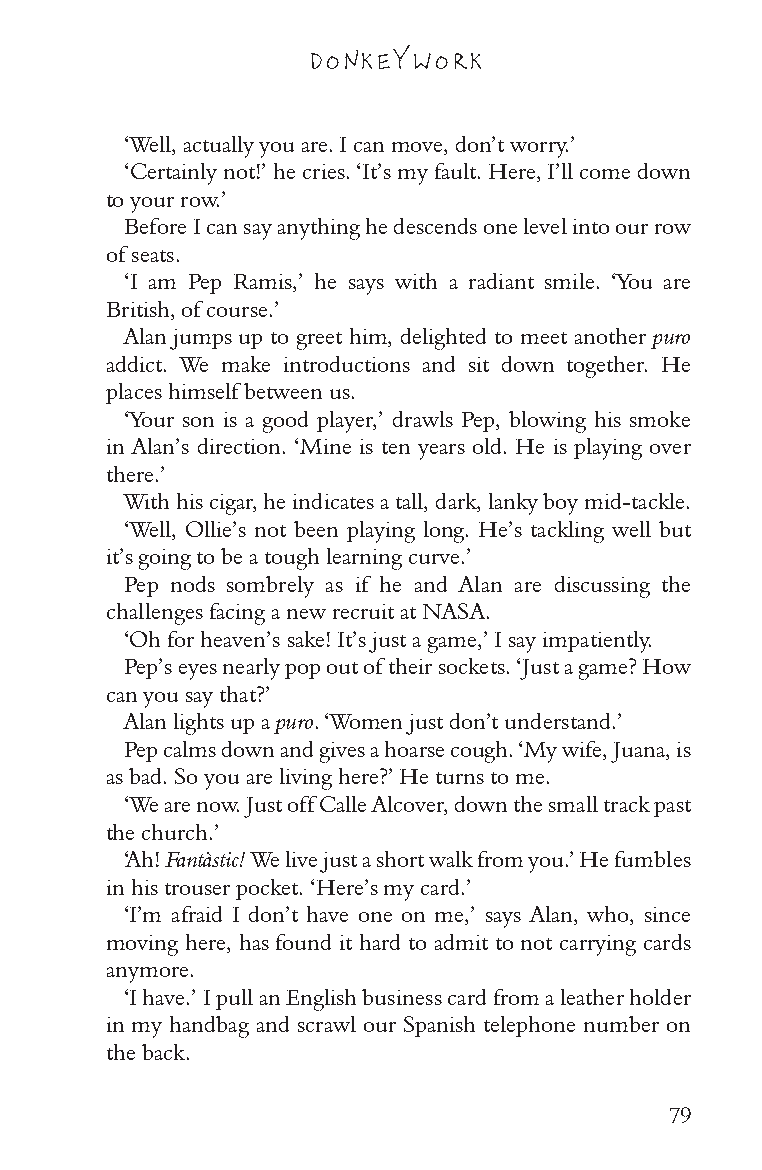
DONKEY WORK
 ‘Well, actually you are. I can move, don’t worry.’
 ‘Certainly not!’ he cries. ‘It’s my fault. Here, I’ll come down
 to your row.’
 Before I can say anything he descends one level into our row
 of seats.
 ‘I am Pep Ramis,’ he says with a radiant smile. ‘You are
 British, of course.’
 Alan jumps up to greet him, delighted to meet another puro
 addict. We make introductions and sit down together. He
 places himself between us.
 ‘Your son is a good player,’ drawls Pep, blowing his smoke
 in Alan’s direction. ‘Mine is ten years old. He is playing over
 there.’
 With his cigar, he indicates a tall, dark, lanky boy mid-tackle.
 ‘Well, Ollie’s not been playing long. He’s tackling well but
 it’s going to be a tough learning curve.’
 Pep nods sombrely as if he and Alan are discussing the
 challenges facing a new recruit at NASA.
 ‘Oh for heaven’s sake! It’s just a game,’ I say impatiently.
 Pep’s eyes nearly pop out of their sockets. ‘Just a game? How
 can you say that?’
 Alan lights up a puro. ‘Women just don’t understand.’
 Pep calms down and gives a hoarse cough. ‘My wife, Juana, is
 as bad. So you are living here?’ He turns to me.
 ‘We are now. Just off Calle Alcover, down the small track past
 the church.’
 ‘Ah! Fantàstic! We live just a short walk from you.’ He fumbles
 in his trouser pocket. ‘Here’s my card.’
 ‘I’m afraid I don’t have one on me,’ says Alan, who, since
 moving here, has found it hard to admit to not carrying cards
 anymore.
 ‘I have.’ I pull an English business card from a leather holder
 in my handbag and scrawl our Spanish telephone number on
 the back.
 79